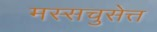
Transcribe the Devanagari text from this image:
मस्सचुसेत्त